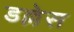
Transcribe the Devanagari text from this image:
डल्लेस